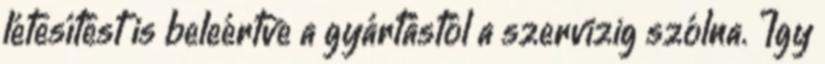
létesítést is beleértve a gyártástól a szervizig szólna. Így